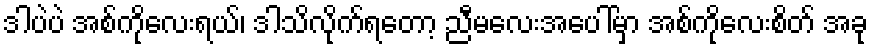
ဒါပဲပဲ အစ်ကိုလေးရယ်၊ ဒါသိလိုက်ရတော့ ညီမလေးအပေါ်မှာ အစ်ကိုလေးစိတ် အခု